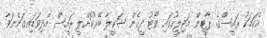
އެކަމަކު ރައީސްގެ ޕާޓީން މަޖިލީހުގައި ވޯޓު ދީގެން ޝަކީލާ ބޭރުކޮށްލީ ރައީސް އެދިވަޑައިގަންނަވާ